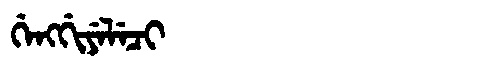
Manchu: ᡤᡝᠩᡤᡳᠶᡝᠯᡝᠴᡳ
Romanization: GENGGIYELECI